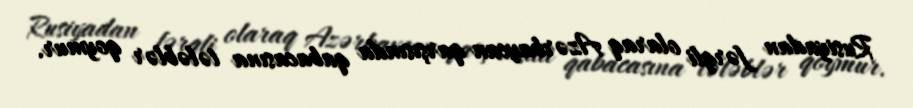
Rusiyadan fərqli olaraq Azərbaycan qarşısında qabacasına tələblər qoymur.